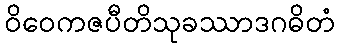
ဝိဝေကဇပီတိသုခဿာဒဂဓိတံ